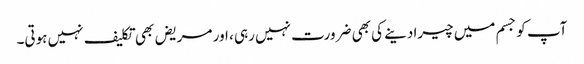
آپ کو جسم میں چیرا دینے کی بھی ضرورت نہیں رہی ، اور مریض بھی تکلیف نہیں ہوتی۔